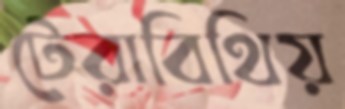
টেরাবিথিয়